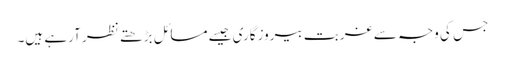
جس کی وجہ سے غربت بیروزگاری جیسے مسائل بڑھتے نظر آرہے ہیں۔